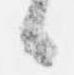
候